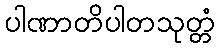
ပါဏာတိပါတသုတ္တံ